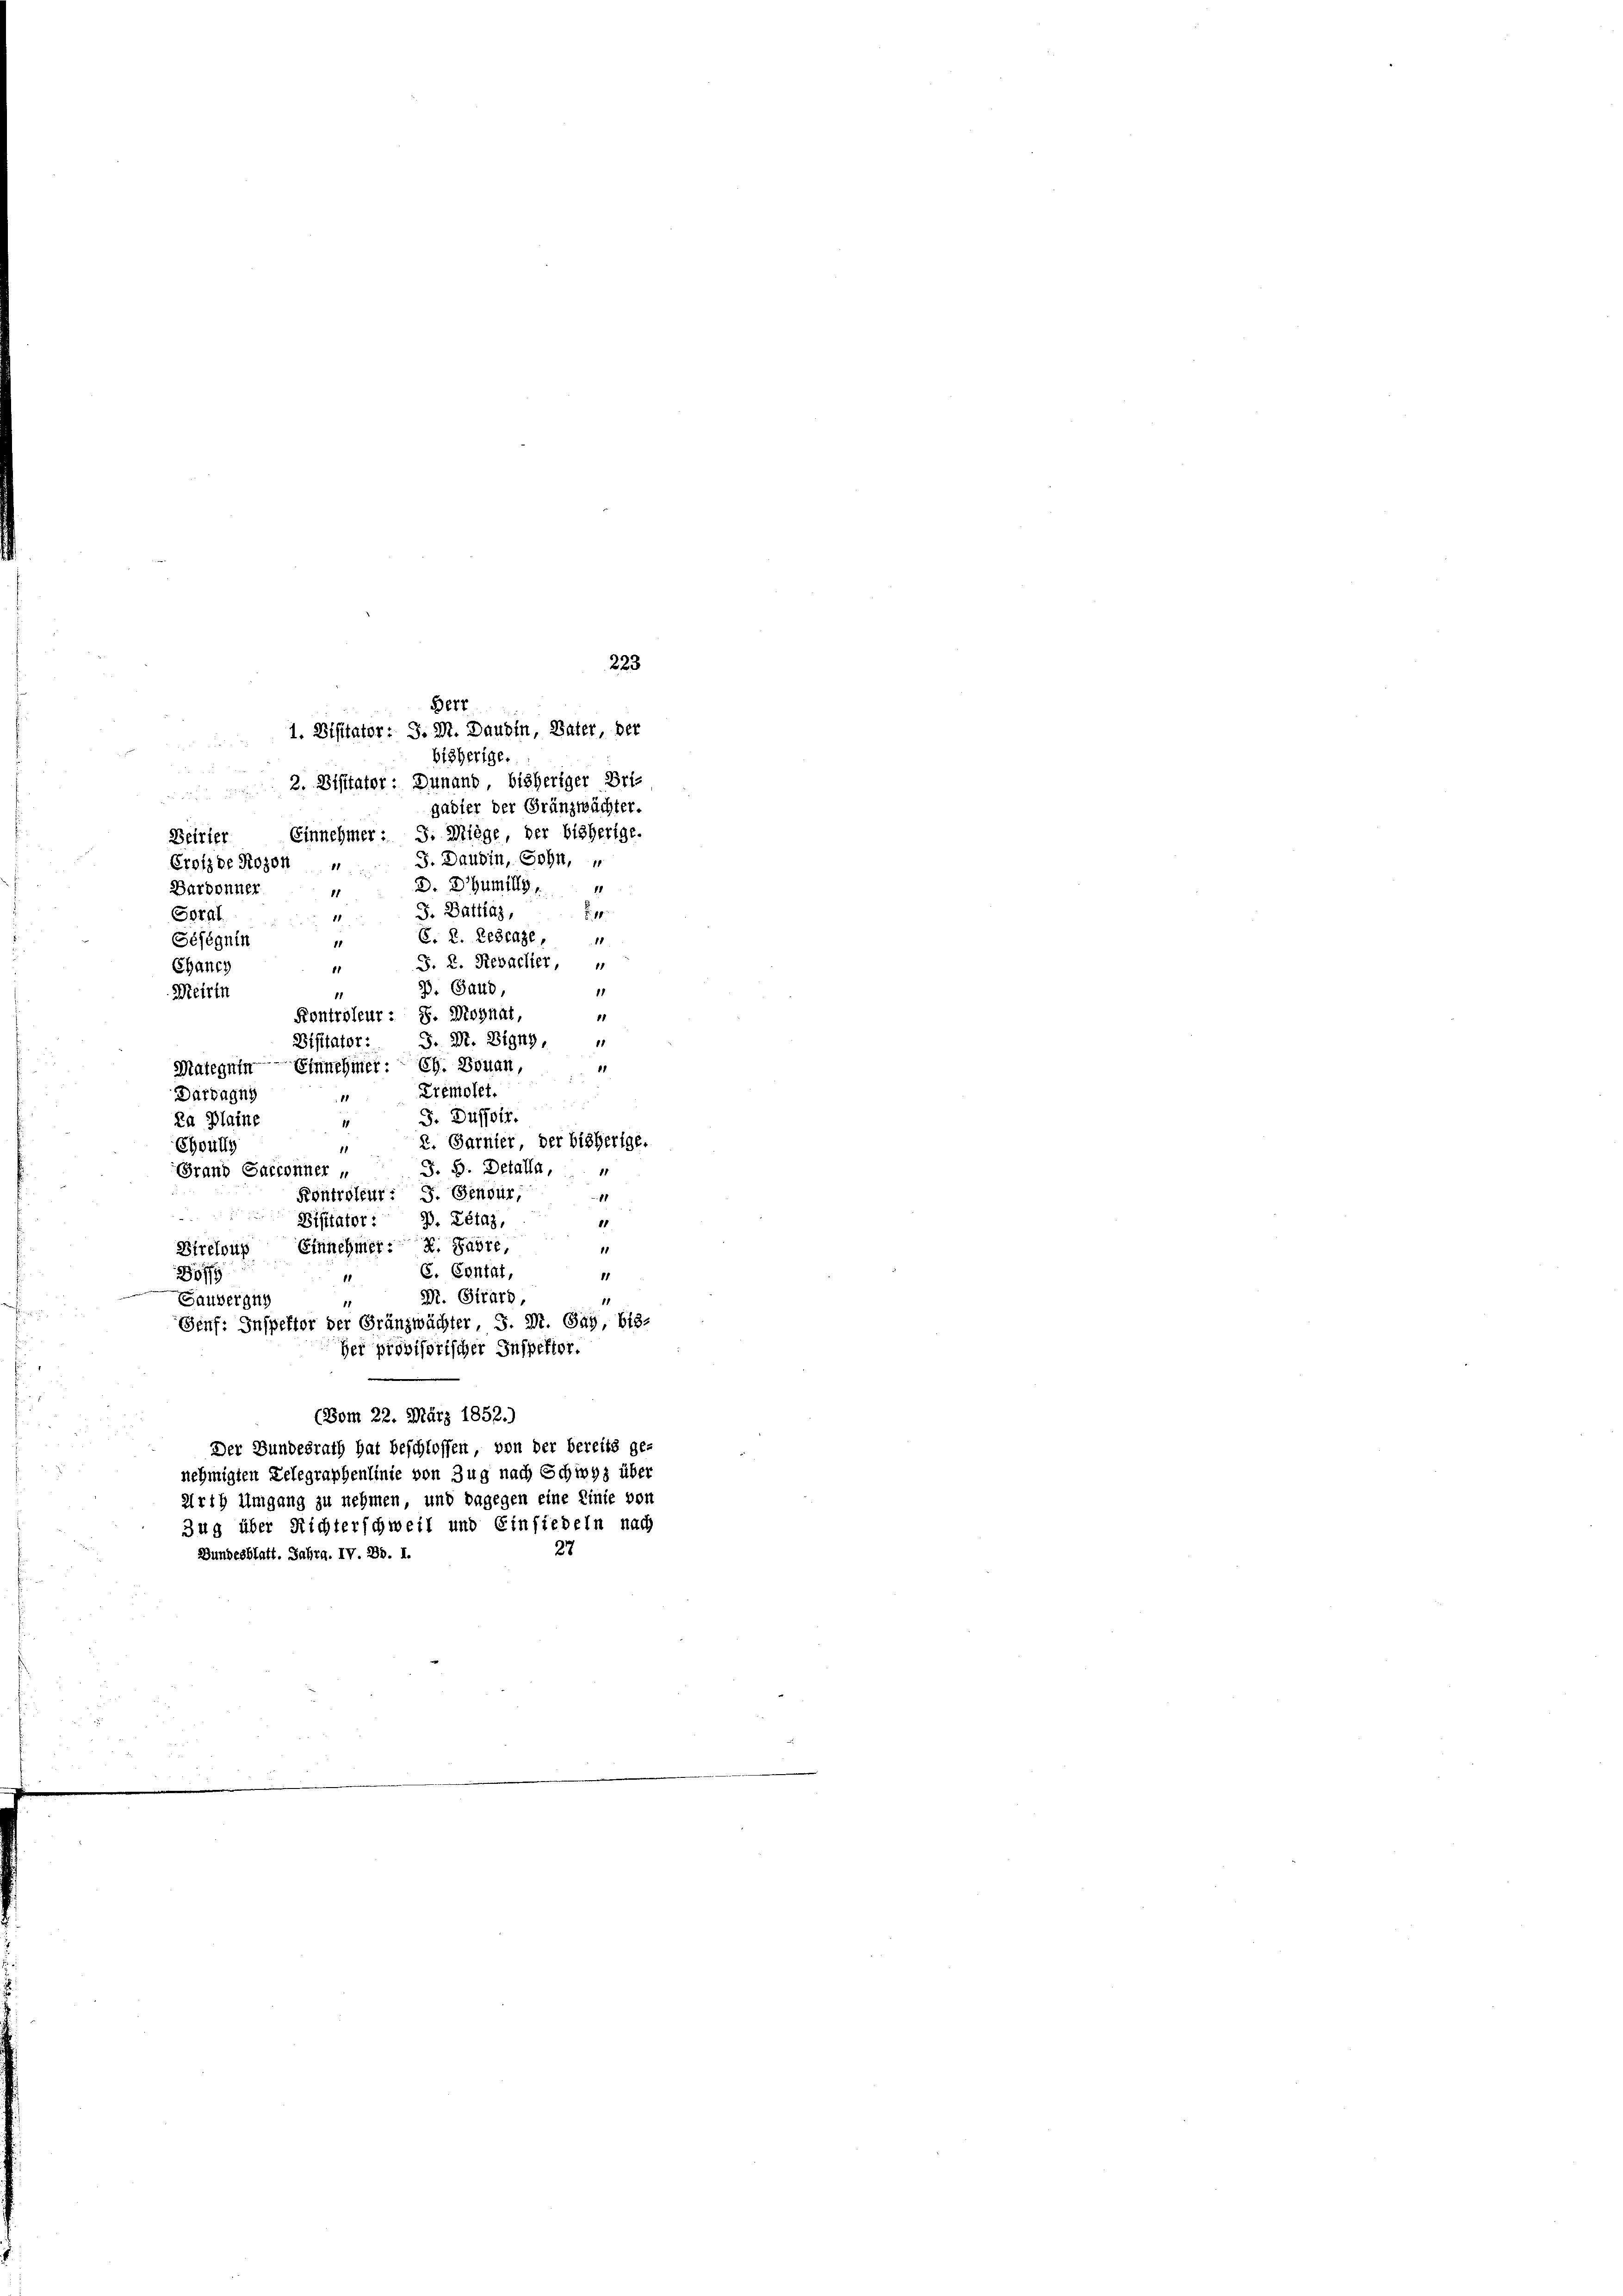
Deirter
Eroizde Rosen
Bardonner
1
Goral
1
Séfégnin
11
Chanch
11
Meirin
Kontroleur: S. Mohnat,
Disitatori
Maregnen Einnehmer: Ch. Bouan,
Dardagny
11

bisherige.
2. Visitator: Dunand, bisheriger Bri-
gabier der Gränzwächter.
Einnehmer 3. Miege, der bisherige
10
11
11
Tremolet.
i
J. Düssoir.
Ra Plaine
2. Garnier, der bisherige.
Choully
1
J. 8. Detalla,
(Grand Garconner „
Kontroleur: J. Sensur,
11
Disitator: P. Létaz,
11
Birelous Einnehmer: 2. Jahre
11
C. Centat
11
251/5
.
Dr. Girard,
11
Sauvergut
11
Genf. Inspektor der Gränzwächter, S. Dr. Sag, bis-
Her provisorischer Inspektor.
(Vom 22. März 1852.)
Der Bundesrath hat beschlossen, von der bereits ge-
nehmigten Lelegraphenlinie von Zug nach Schwyz über
Arth Umgang zu nehmen, und dagegen eine Linie von
Zug über Richterschweil und Einsiedeln nach
27
Bundesblatt. Jahrg. IV. Bd. I.

223
Berr
1. Visitator : J. M. Daubin, Vater der

J. Daubin, Sohn,
3. Zumill
5. Dattias,
E. R. Erblase,
J. R. Rebacher,
G. Sand,
S. M. Bigny,